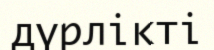
дүрлікті